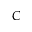
C